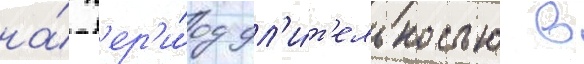
на́ п'ер'и́од дл'и́т'ельностью в